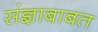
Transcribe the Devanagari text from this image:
संज्ञाबाबत